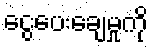
ငွေပေးချေမှုကို